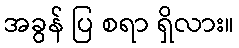
အခွန် ပြ စရာ ရှိလား။